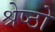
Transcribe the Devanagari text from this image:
श्रेष्ठो